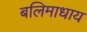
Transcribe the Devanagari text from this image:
बलिमाधाय